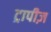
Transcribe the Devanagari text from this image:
ट्रापीज़